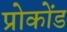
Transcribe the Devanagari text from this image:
प्रोकोंड